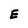
Character: E